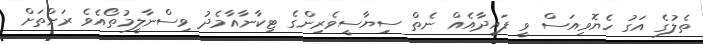
ތެލުގެ އަގު ހެޔޮވިއަސް ވީ ފައިދާއެއް ނެތް ސިިޔާސީވެރިންގެ ޓިކާނާއާމެދު ވިސްނާލީމުތޯއެވެ ރަށްތަށް